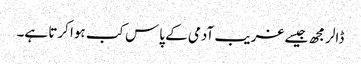
ڈالر مجھ جیسے غریب آدمی کے پاس کب ہوا کرتا ہے۔